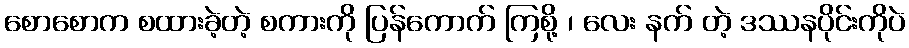
စောစောက စထားခဲ့တဲ့ စကားကို ပြန်ကောက် ကြစို့ ၊ လေး နက် တဲ့ ဒဿနပိုင်းကိုပဲ